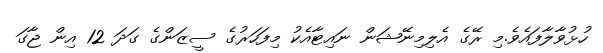
ހުޅުވާލާފައެވެ.މި ރޭގެ އެލިމިނޭޝަން ނައިޓާއެކު މިފަހަރުގެ ސީޒަންގެ ގަދަ 12 އިން ޖާގަ